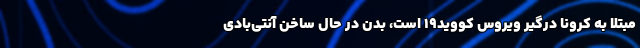
مبتلا به کرونا درگیر ویروس کووید۱۹ است، بدن در حال ساخن آنتی‌بادی